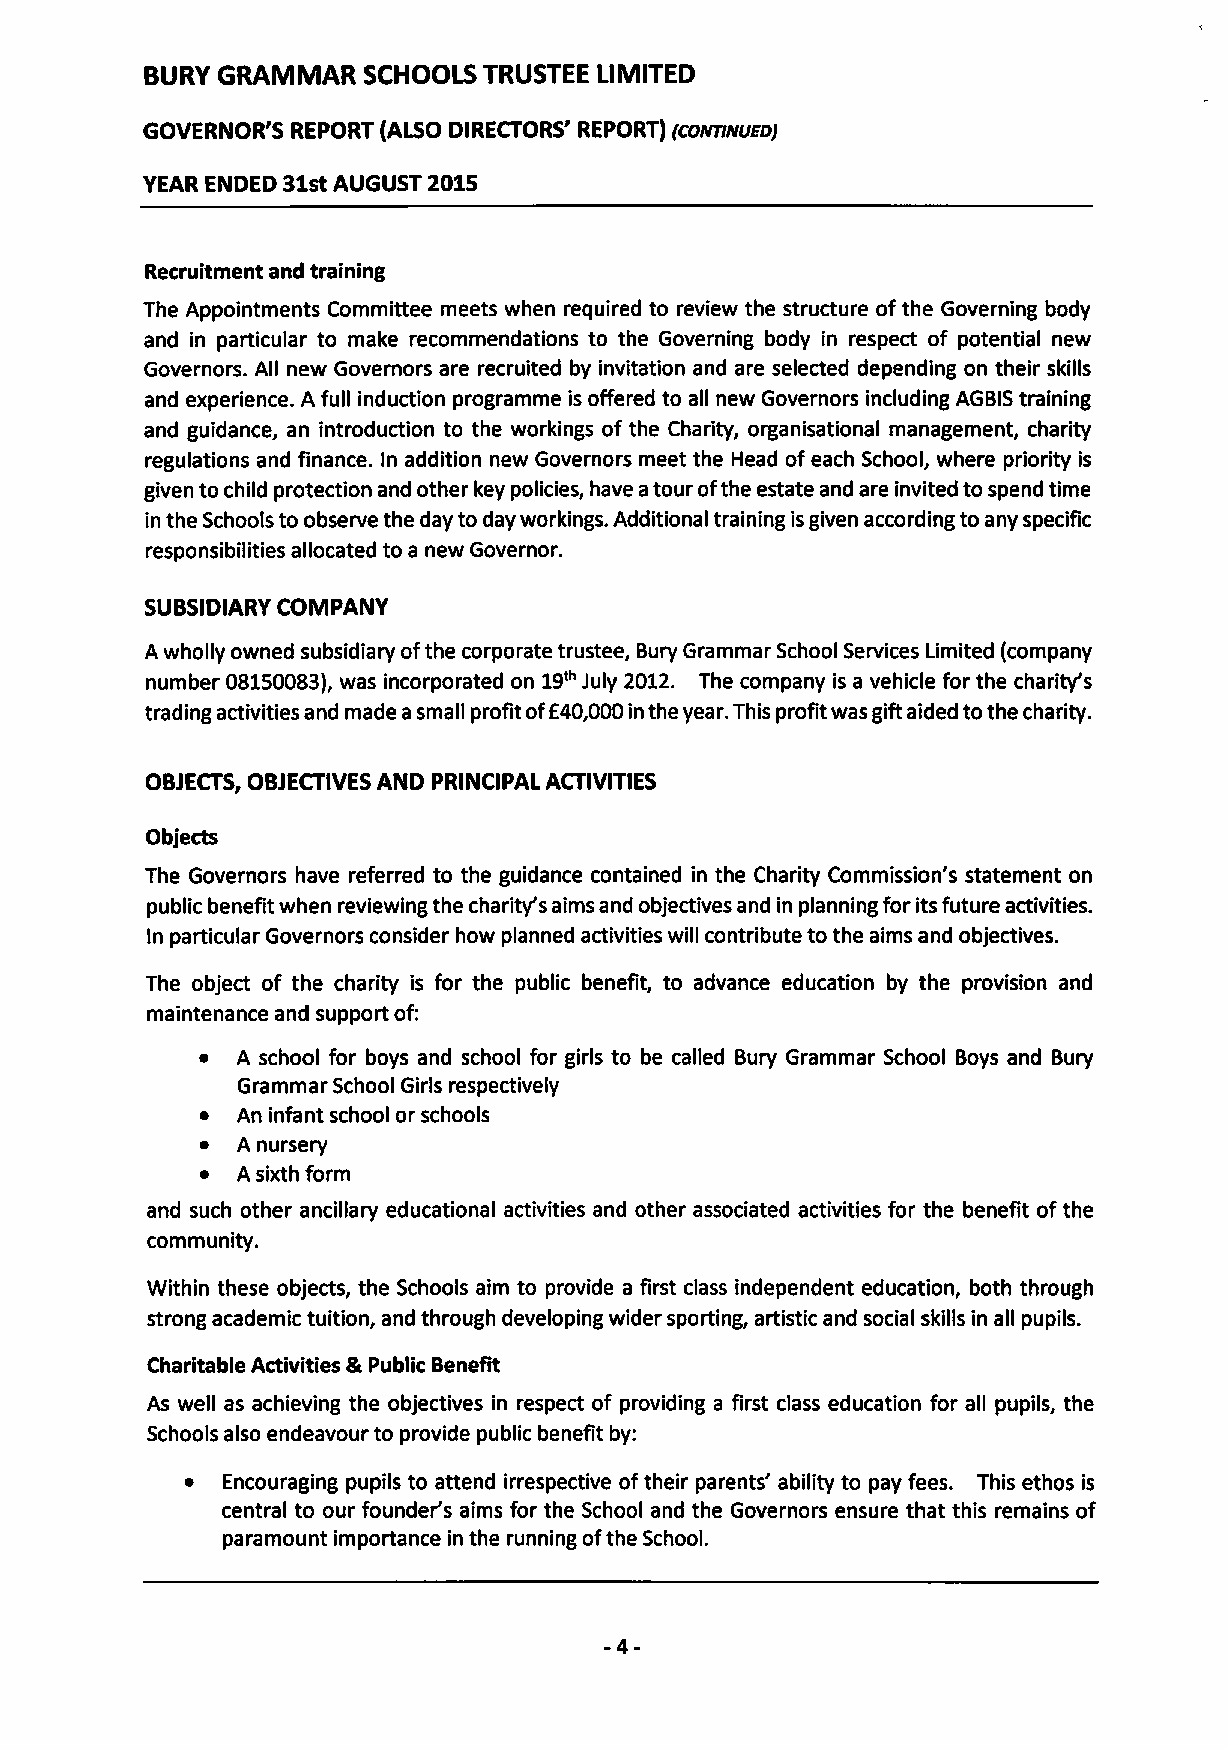
BURY GRAIVIMAR SCHOOLS TRUSTEE LIMITED
 GOVERNOR'S REPORT (ALSO DIRECTORS' REPORT) (conmNUEDJ
 YEAR ENDED 31stAUGUST 2015
 Recruitment and training
 The Appointments Committee meets when required to review the structure ofthe Governing body
 and in particular to make recommendations to the Governing body in respect of potential new
 Governors. All new Governors are recruited by invitation and are selected depending on their skills
 and experience. A full induction programme is offered to all new Governors including AGBIS training
 and guidance, an introduction to the workings of the Charity, organisational management, charity
 regulations and finance. In addition new Governors meet the Head ofeach School, where priority is
 given to child protection and other key policies, have atour ofthe estate and are invited to spend time
 in the Schools to observe the day to day workings. Additional training isgiven according to any specific
 responsibilities allocated to a new Governor.
 SUBSIDIARY COMPANY
 A wholly owned subsidiary ofthe corporate trustee, Bury Grammar School Services Limited (company
 number 08150083),was incorporated on 19'" July 2012. The company is a vehicle for the charity's
 trading activities and made asmall profit off40,000in the year. This profit was gift aided tothe charity.
 OBJECTS,OBJECTIVES AND PRINCIPAL ACTIVITIES
 Objects
 The Governors have referred to the guidance contained in the Charity Commission's statement on
 public benefit when reviewing the charity's aims and objectives and in planning for its future activities.
 ln particular Governors consider how planned activities will contribute to the aims and objectives.
 The object of the charity is for the public benefit, to advance education by the provision and
 maintenance and support of:
 ~  A school for boys and school for girls to be called Bury Grammar School Boys and Bury
 Grammar School Girls respectively
 ~  An infant school or schools
 ~  A nursery
 ~  A sixth form
 and such other ancillary educational activities and other associated activities for the benefit ofthe
 community.
 Within these objects, the Schools aim to provide a first class independent education, both through
 strong academic tuition, and through developing wider sporting, artistic and social skills in all pupils.
 Charitable Activities &Public Benefit
 As well as achieving the objectives in respect of providing a first class education for all pupils, the
 Schools also endeavour to provide public benefit by:
 ~  Encouraging pupils to attend irrespective oftheir parents' ability to pay fees. This ethos is
 central to our founder's aims for the School and the Governors ensure that this remains of
 paramount importance in the running ofthe School.
 -4-